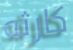
كارثه